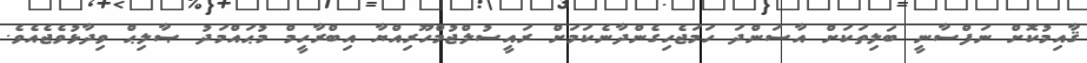
ޤާއިމުކޮށް ނަފްސާނީ ބަލިތަކަށް އާސަންދަ ހަމަޖެހިގެންދާނެކަމަށް ރައީސުލްޖުމްހޫރިއްޔާ އިބްރާހީމް މުޙައްމަދު ޞާލިޙް ވިދާޅުވެޖެއެވެ.